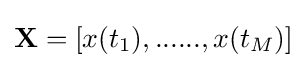
\mathbf {X} =[x(t_{1}),......,x(t_{M})]